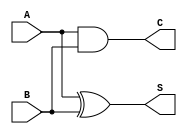
module Half_Adder (
    input wire A,  // First single-bit input
    input wire B,  // Second single-bit input
    output wire S, // Sum output
    output wire C  // Carry output
);

// Internal signals for the outputs of the gates
wire xor_out; // Output of the XOR gate
wire and_out; // Output of the AND gate

// Instantiate the XOR gate for Sum output
assign xor_out = A ^ B; // S = A XOR B
assign S = xor_out;

// Instantiate the AND gate for Carry output
assign and_out = A & B; // C = A AND B
assign C = and_out;

endmodule